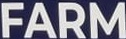
FARM